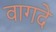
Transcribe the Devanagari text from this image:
वागदे